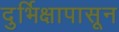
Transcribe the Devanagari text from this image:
दुर्भिक्षापासून